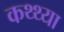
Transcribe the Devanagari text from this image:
कथ्थ्या